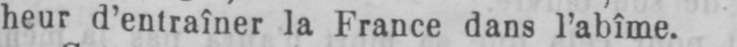
heur d’entraîner la France dans l’abîme.